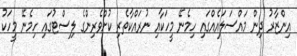
އިންޒާރު ދިން މައްސަލައެއްގައި ހިމެނޭ މީހަކާއި ނުރައްކާތެރި ކުށްވެރިންގެ ލިސްޓުގައި ހިމެނޭ މީހަކު